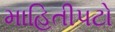
માહિતીપટો